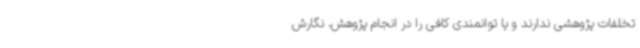
تخلفات پژوهشی ندارند و یا توانمندی کافی را در انجام پژوهش، نگارش